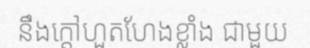
នឹងក្តៅហួតហែងខ្លាំង ជាមួយ